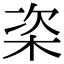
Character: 栥